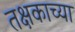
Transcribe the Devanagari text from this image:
तक्षकाच्या